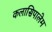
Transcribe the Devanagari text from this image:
कलासिपालेम